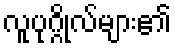
လူပုဂ္ဂိုလ်များ၏